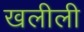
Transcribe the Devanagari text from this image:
खलीली